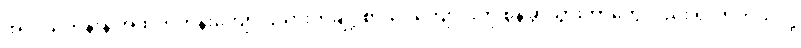
အလယ်တန်းနဲ့ အထက်တန်းကျောင်းသားတချို့ စာသင်ကျောင်းကို စွန့်ခွာသွားတာတွေလည်း ရှိလာတယ်လို့